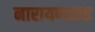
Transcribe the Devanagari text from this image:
नारायणभक्त